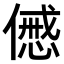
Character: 𠎰